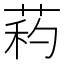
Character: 𦱜